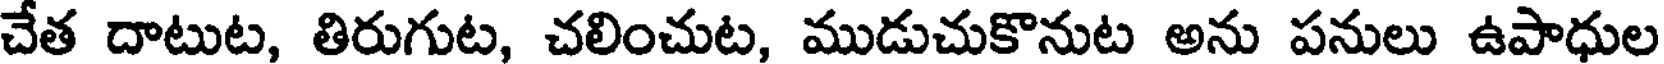
చేత దాటుట, తిరుగుట, చలించుట, ముడుచుకొనుట అను పనులు ఉపాధుల